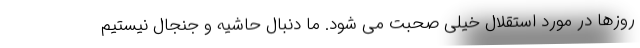
روزها در مورد استقلال خیلی صحبت می شود. ما دنبال حاشیه و جنجال نیستیم